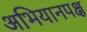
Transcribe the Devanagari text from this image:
अभियानपक्ष